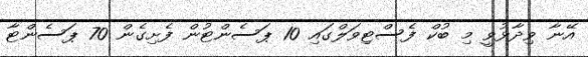
އޭނާ ވިދާޅުވީ މި ބުކް ފެސްޓިވަލްގައި 10 ޕަސެންޓުން ފެށިގެން 70 ޕަސެންޓާ